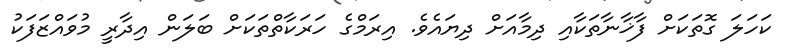
ކަހަލަ ގޮތަކަށް ފާޚާނާތަކާއި ދިމާއަށް ދިޔައެވެ. އިރަމްގެ ހަރަކާތްތަކަށް ބަލަން އިދާރީ މުވައްޒަފަކު